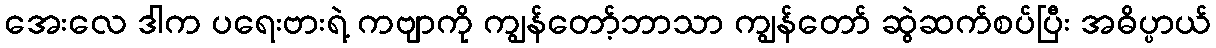
အေးလေ ဒါက ပရေးဗားရဲ့ ကဗျာကို ကျွန်တော့်ဘာသာ ကျွန်တော် ဆွဲဆက်စပ်ပြီး အဓိပ္ပာယ်